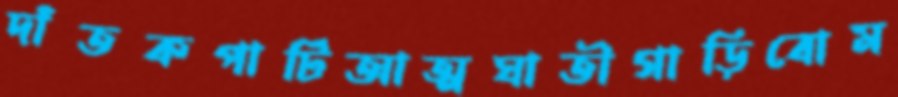
দাঁতকপাটিআত্মঘাতীগাড়িবোম